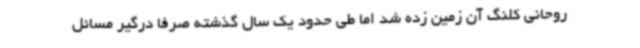
روحانی کلنگ آن زمین زده شد اما طی حدود یک سال گذشته صرفاً درگیر مسائل